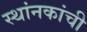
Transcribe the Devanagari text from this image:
स्थांनकांची